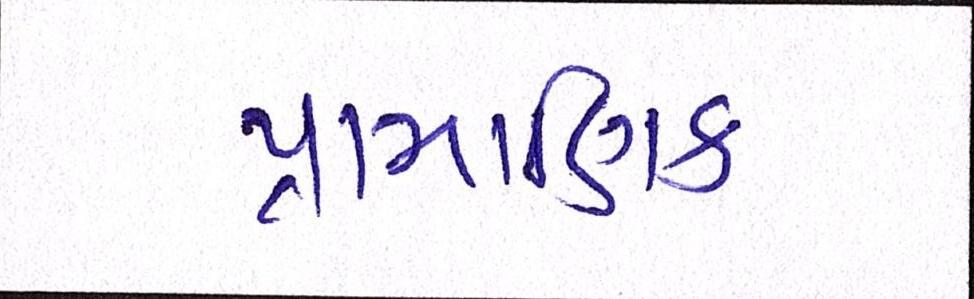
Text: પ્રામાણિક